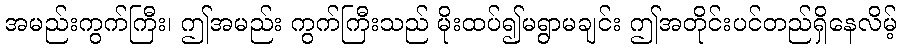
အမည်းကွက်ကြီး၊ ဤအမည်း ကွက်ကြီးသည် မိုးထပ်၍မရွာမချင်း ဤအတိုင်းပင်တည်ရှိနေလိမ့်